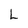
Character: L